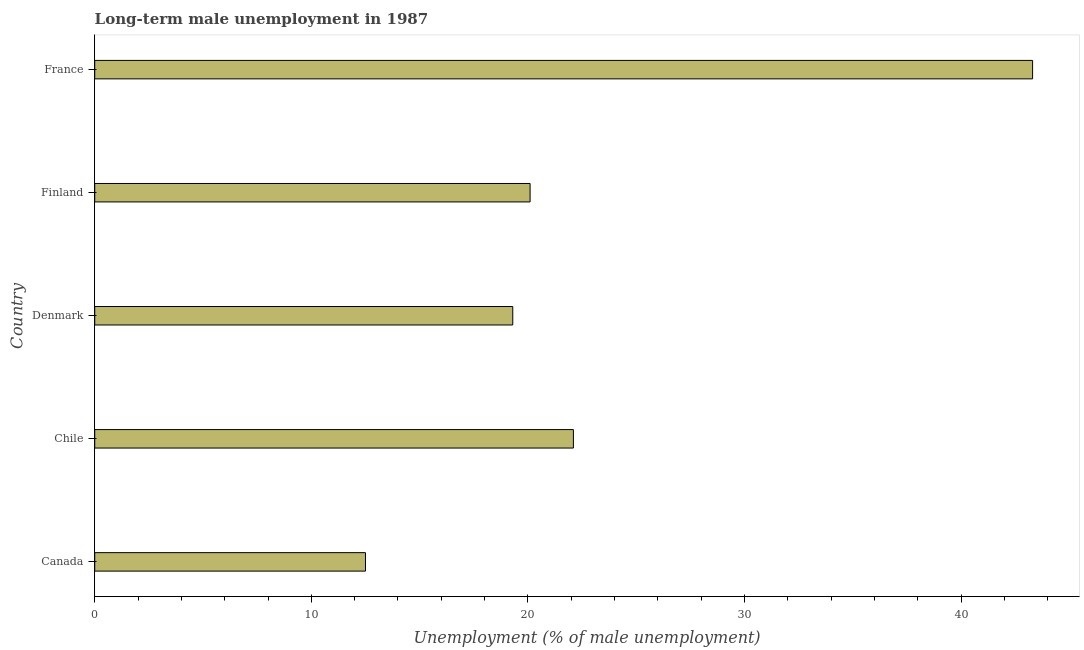
| Country | Long-term unemployment male |
 | --- | --- |
 | Canada | 12.5 |
 | Chile | 22.1 |
 | Denmark | 19.3 |
 | Finland | 20.1 |
 | France | 43.3 |